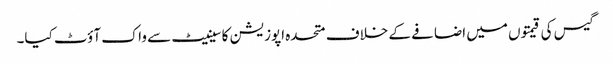
گیس کی قیمتوں میں اضافے کے خلاف متحدہ اپوزیشن کا سینیٹ سے واک آؤٹ کیا۔